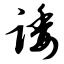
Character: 诿